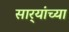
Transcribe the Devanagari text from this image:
सार्‍यांच्या